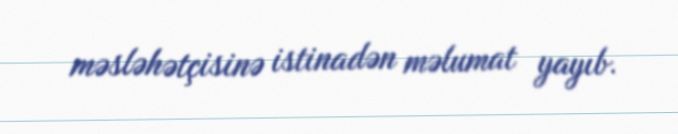
məsləhətçisinə istinadən məlumat yayıb.